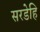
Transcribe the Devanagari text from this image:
सरडेहि